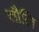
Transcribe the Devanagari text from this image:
तौलि